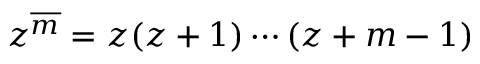
z ^ { \overline { { m } } } = z ( z + 1 ) \cdots ( z + m - 1 )